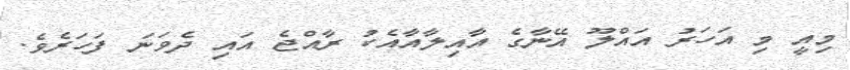
މިއީ މި އަހަރު އައްލޫ އޭނާގެ އާއިލާއާއެކު ރާއްޖެ އައި ދެވަނަ ފަހަރެވެ.